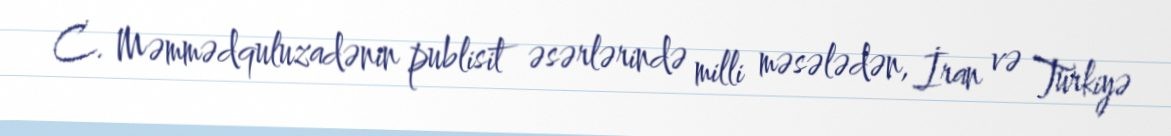
C. Məmmədquluzadənin publisit əsərlərində milli məsələdən, İran və Türkiyə